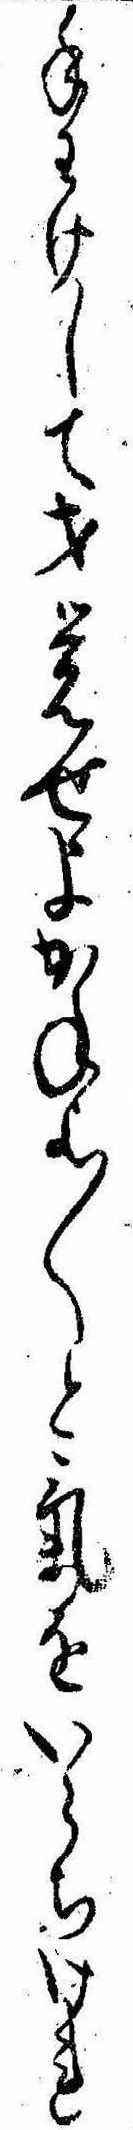
手わけして才覚せよかねよ〱と気をいらちけれ